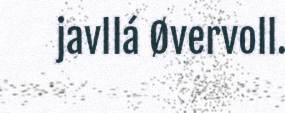
javllá Øvervoll.